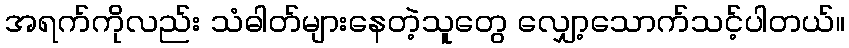
အရက်ကိုလည်း သံဓါတ်များနေတဲ့သူတွေ လျှော့သောက်သင့်ပါတယ်။